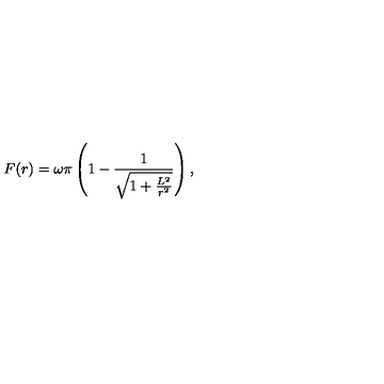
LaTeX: F ( r ) = \omega \pi \left( 1 - \frac { 1 } { \sqrt { 1 + \frac { L ^ { 2 } } { r ^ { 2 } } } } \right) ,